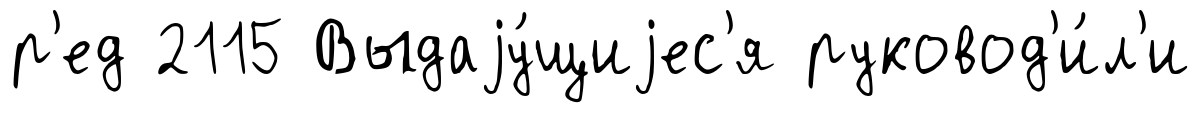
р'ед 2115 Выдаjу́щиjес'я руковод'и́л'и